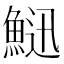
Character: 𩷰